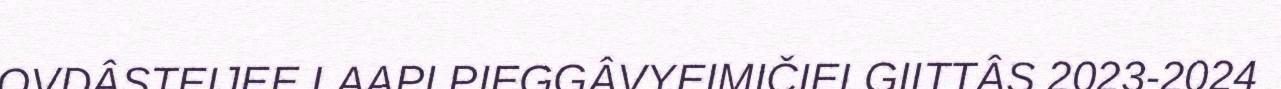
OVDÂSTEIJEE LAAPI PIEGGÂVYEIMIČIELGIITTÂS 2023-2024